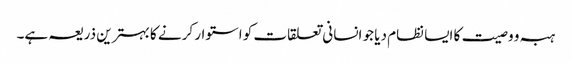
ہبہ و وصیت کا ایسا نظام دیا جو انسانی تعلقات کو استوار کرنے کا بہترین ذریعہ ہے۔